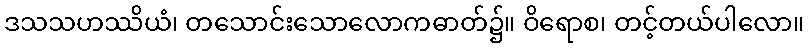
ဒသသဟဿိယံ၊ တသောင်းသောလောကဓာတ်၌။ ဝိရောစ၊ တင့်တယ်ပါလော။